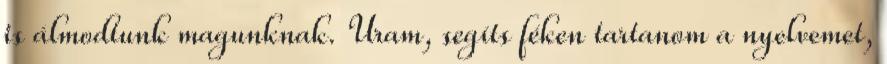
is álmodtunk magunknak. Uram, segíts féken tartanom a nyelvemet,